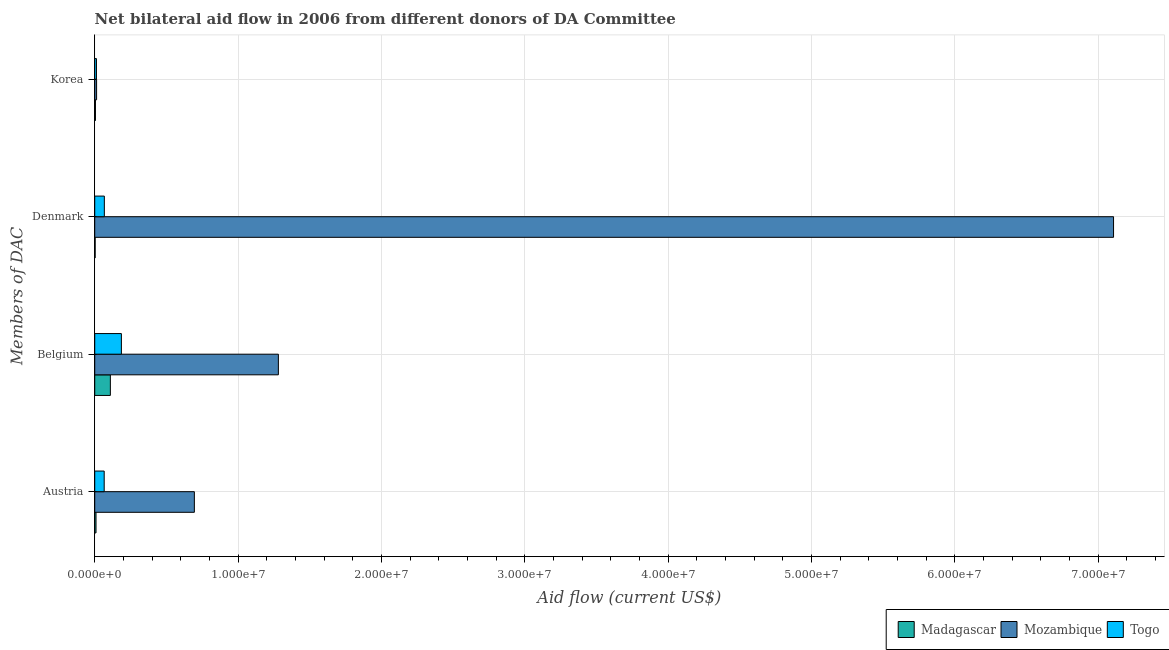
| Members of DAC | Madagascar | Mozambique | Togo |
 | --- | --- | --- | --- |
 | Austria | 9e+04 | 6.95e+06 | 6.6e+05 |
 | Belgium | 1.09e+06 | 1.28e+07 | 1.86e+06 |
 | Denmark | 3e+04 | 7.11e+07 | 6.7e+05 |
 | Korea | 5e+04 | 1.3e+05 | 1.2e+05 |